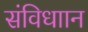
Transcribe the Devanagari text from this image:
संविधाान